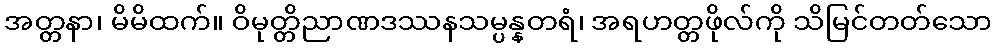
အတ္တနာ၊ မိမိထက်။ ဝိမုတ္တိညာဏဒဿနသမ္ပန္နတရံ၊ အရဟတ္တဖိုလ်ကို သိမြင်တတ်သော